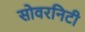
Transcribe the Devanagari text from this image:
सोवरनिटी